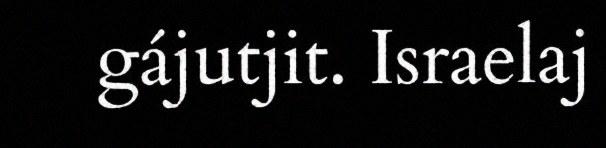
gájutjit. Israelaj